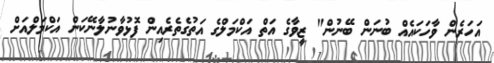
އަހަރެން ވާހަކައެއް ބުނަން ބޭނުން" ޒީވާގެ އަތް އަކްމަލްގެ އަތުގެތެރެއިން ފޮޅުވާނުލާނޭކަން އަކްމަލްއަށް